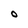
Character: O